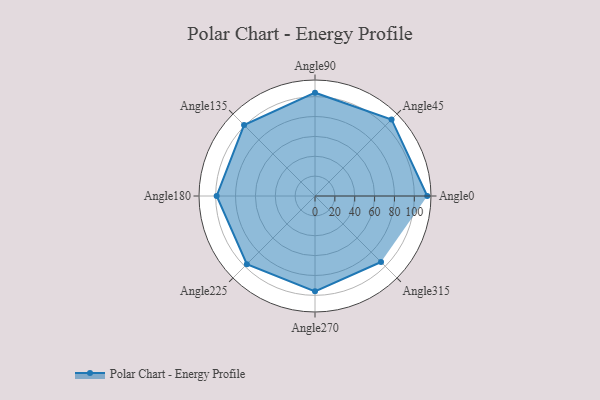
{"axis": {"x": "Angle", "y": "Radius"}, "legend": [""], "data": [{"x": "Angle0", "y": 113.0, "type": ""}, {"x": "Angle45", "y": 109.0, "type": ""}, {"x": "Angle90", "y": 104.0, "type": ""}, {"x": "Angle135", "y": 101.0, "type": ""}, {"x": "Angle180", "y": 99.0, "type": ""}, {"x": "Angle225", "y": 97.0, "type": ""}, {"x": "Angle270", "y": 96.0, "type": ""}, {"x": "Angle315", "y": 94.0, "type": ""}]}